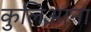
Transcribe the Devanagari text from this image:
कुलिआना